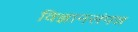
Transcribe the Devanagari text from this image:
विज्ञानसंपन्न